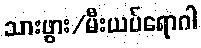
သားဖွား/မီးယပ်ရောဂါ